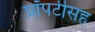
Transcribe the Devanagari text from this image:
प्रॉपर्टीसह